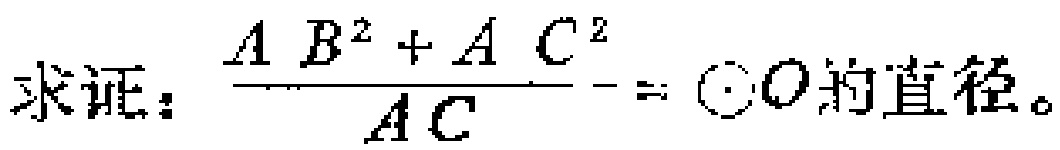
求证：$\frac{AB^{2}+AC^{2}}{AC}=\odot O的直径。$